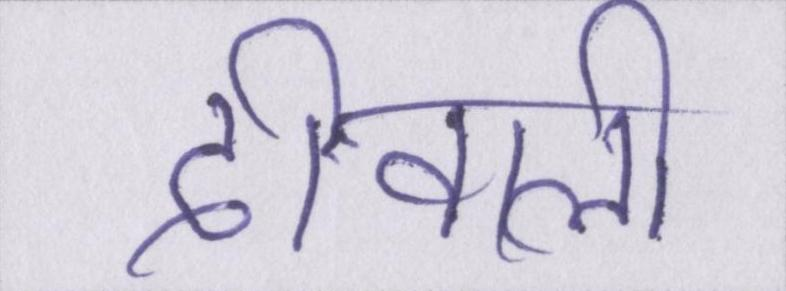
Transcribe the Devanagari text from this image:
दीवाली